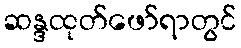
ဆန္ဒထုတ်ဖော်ရာတွင်